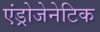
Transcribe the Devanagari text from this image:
एंड्रोजेनेटिक